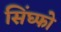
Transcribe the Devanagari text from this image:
सिंघ्फो